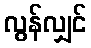
လွန်လျှင်